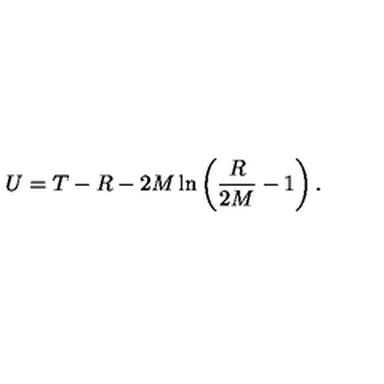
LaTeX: U = T - R - 2 M \ln \left( \frac { R } { 2 M } - 1 \right) .